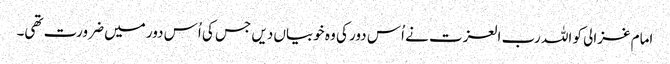
امام غزالی کو اللہ رب العزت نے اُس دور کی وہ خوبیاں دیں جس کی اُس دور میں ضرورت تھی۔